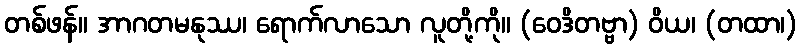
တစ်ဖန်။ အာဂတမနုဿ၊ ရောက်လာသော လူတို့ကို။ (ဝေဒိတဗ္ဗာ) ဝိယ၊ (တထာ၊)